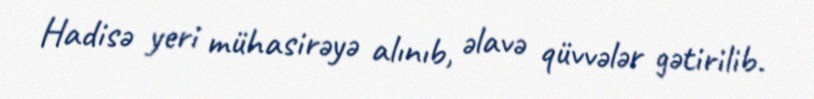
Hadisə yeri mühasirəyə alınıb, əlavə qüvvələr gətirilib.